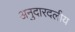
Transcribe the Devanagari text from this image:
अनुदारदलीय